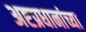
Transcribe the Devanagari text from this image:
अष्टप्रधानांच्या